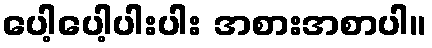
ပေါ့ပေါ့ပါးပါး အစားအစာပါ။